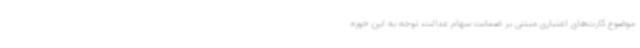
موضوع کارت‌های اعتباری مبتنی بر ضمانت سهام عدالت، توجه به این حوزه